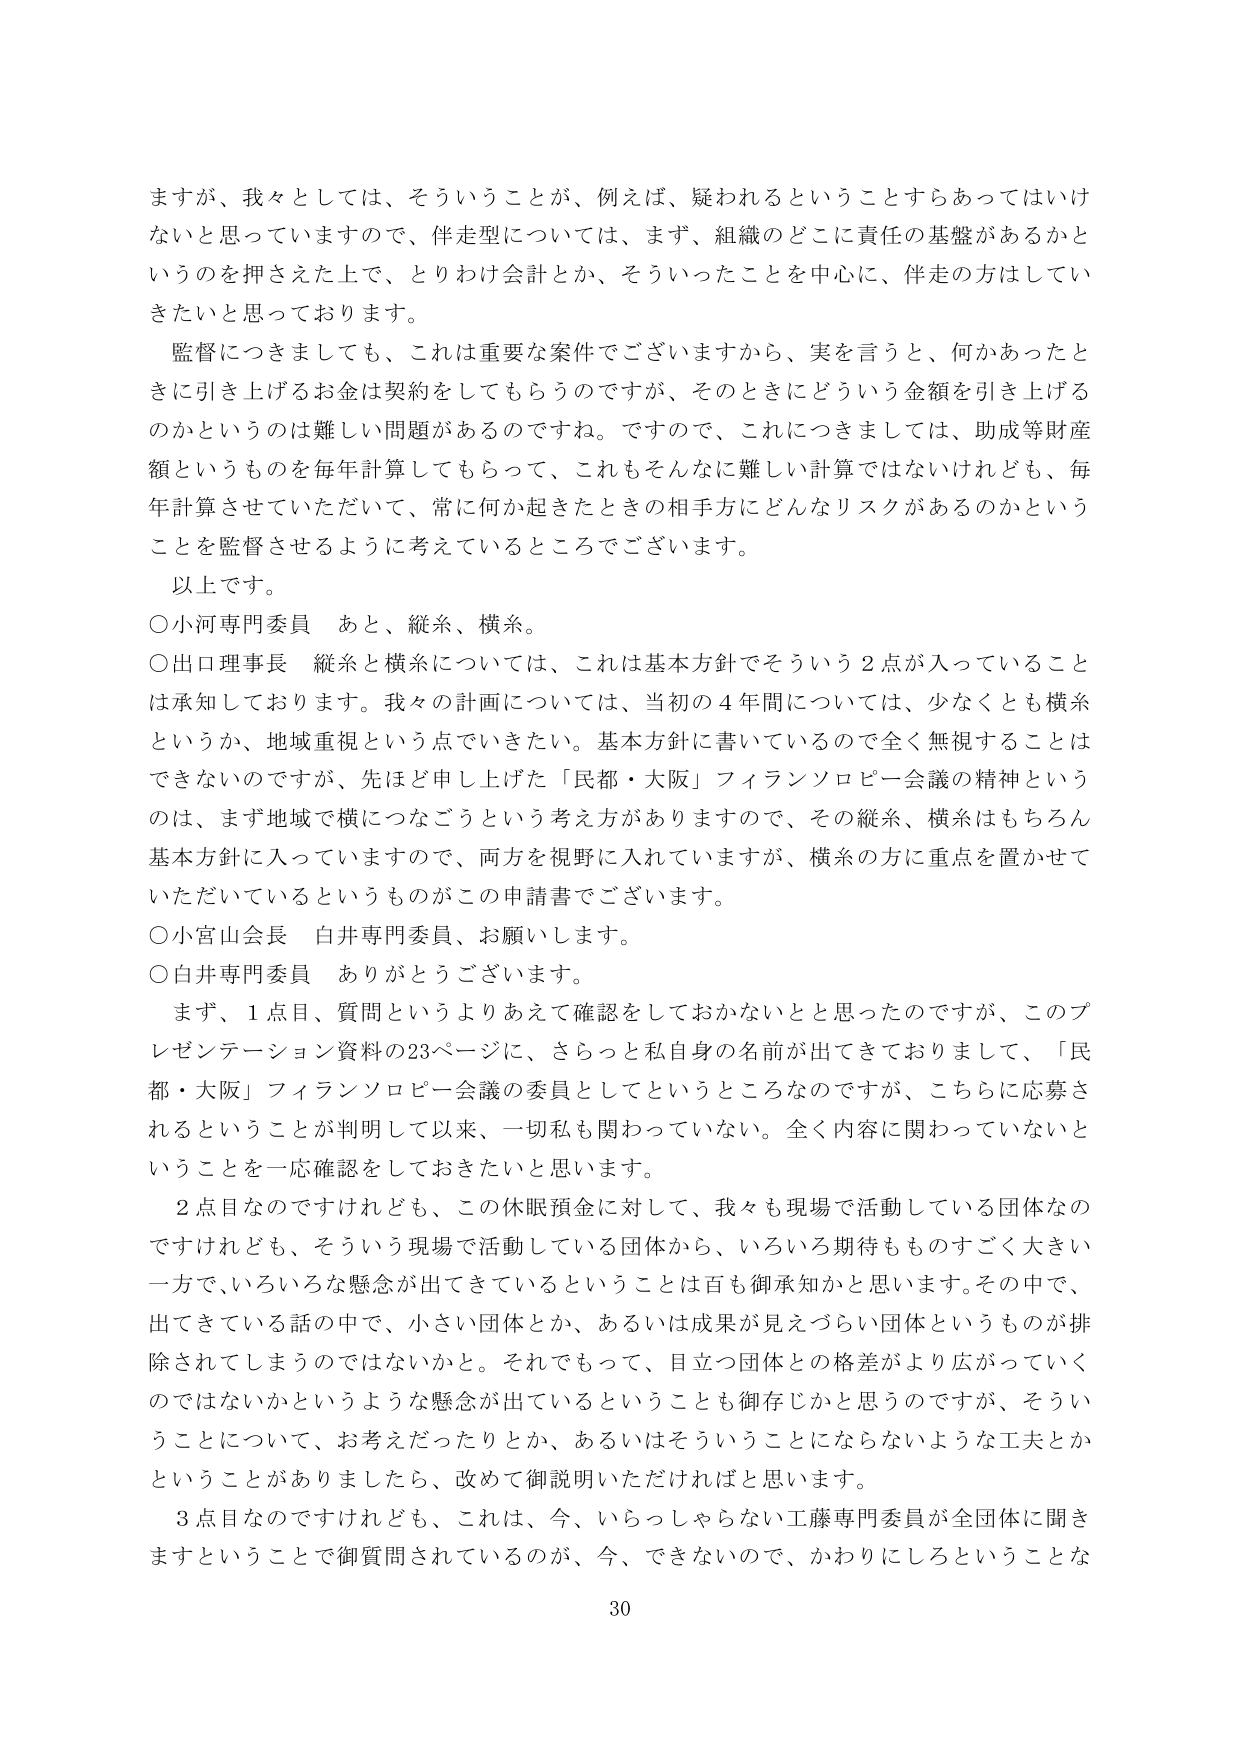
ますが、我々としては、そういうことが、例えば、疑われるということすらあってはいけないと思っていますので、伴走型については、まず、組織のどこに責任の基盤があるかというのを押さえた上で、とりわけ会計とか、そういったことを中心に、伴走の方はしていきたいと思っております。

監督につきましても、これは重要な案件でございますから、実を言うと、何かあったときに引き上げるお金は契約をしてもらうのですが、そのときにどういう金額を引き上げるのかというのは難しい問題があるのですね。ですので、これにつきましては、助成等財産額というものを毎年計算してもらって、これもそんなに難しい計算ではないけれども、毎年計算させていただいて、常に何か起きたときの相手方にどんなリスクがあるのかということを監督させるように考えているところでございます。

以上です。

○小河専門委員　あと、縦糸、横糸。

○出口理事長　縦糸と横糸については、これは基本方針でそういう２点が入っていることは承知しております。我々の計画については、当初の４年間については、少なくとも横糸というか、地域重視という点でいきたい。基本方針に書いているので全く無視することはできないのですが、先ほど申し上げた「民都・大阪」フィランソロピー会議の精神というのは、まず地域で横につなごうという考え方がありますので、その縦糸、横糸はもちろん基本方針に入っていますので、両方を視野に入れていますが、横糸の方に重点を置かせていただいているというものがこの申請書でございます。

○小宮山会長　白井専門委員、お願いします。

○白井専門委員　ありがとうございます。

まず、１点目、質問というよりあえて確認をしておかないと思ったのですが、このプレゼンテーション資料の23ページに、さらっと私自身の名前が出てきておりまして、「民都・大阪」フィランソロピー会議の委員としてというところなのですが、こちらに応募されるということが判明して以来、一切私も関わっていない。全く内容に関わっていないということを一応確認をしておきたいと思います。

２点目なのですが、この休眠預金に対して、我々も現場で活動している団体なのですが、そういう現場で活動している団体から、いろいろ期待もものすごく大きい一方で、いろいろな懸念が出てきているということは百も御承知かと思います。その中で、出てきている話の中で、小さい団体とか、あるいは成果が見えづらい団体というものが排除されてしまうのではないかと。それでもって、目立つ団体との格差がより広がっていくのではないかというような懸念が出ているということも御存じかと思うのですが、そういうことについて、お考えだったりとか、あるいはそういうことにならないような工夫とかということがありましたら、改めて御説明いただければと思います。

３点目なのですが、これは、今、いらっしゃらない工藤専門委員が全団体に聞きますということで御質問されているのが、今、できないので、かわりにしろということな

30